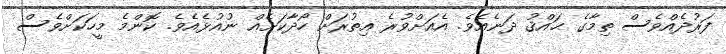
ފަރުދެއްވެސް ތިމާގެ ޙައްޤު ދަނެއެވެ. އެއަށްވުރެ އިތުރަށް ހޯދާކަށެއް ނުއުޅެއެވެ. ކޮންމެ މީހަކަށްވެސް